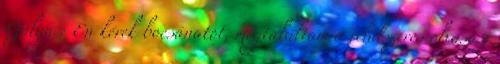
Gólya : Én kérek bocsánatot, megtaláltam a rendszeres olvasási